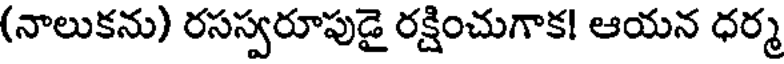
(నాలుకను) రసస్వరూపుడై రక్షించుగాక! ఆయన ధర్మ